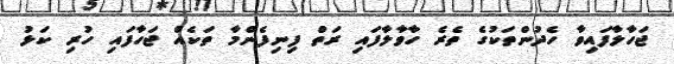
ޖަހާލާފައިވާ ހެދުންތަކުގެ ތެރެ ހާވާލާފައި ރަތް ފިނިފެންމާ ތަކެއް ޖަހާފައި ހުރި ކަޅު